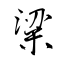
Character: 粱